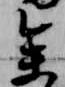
参